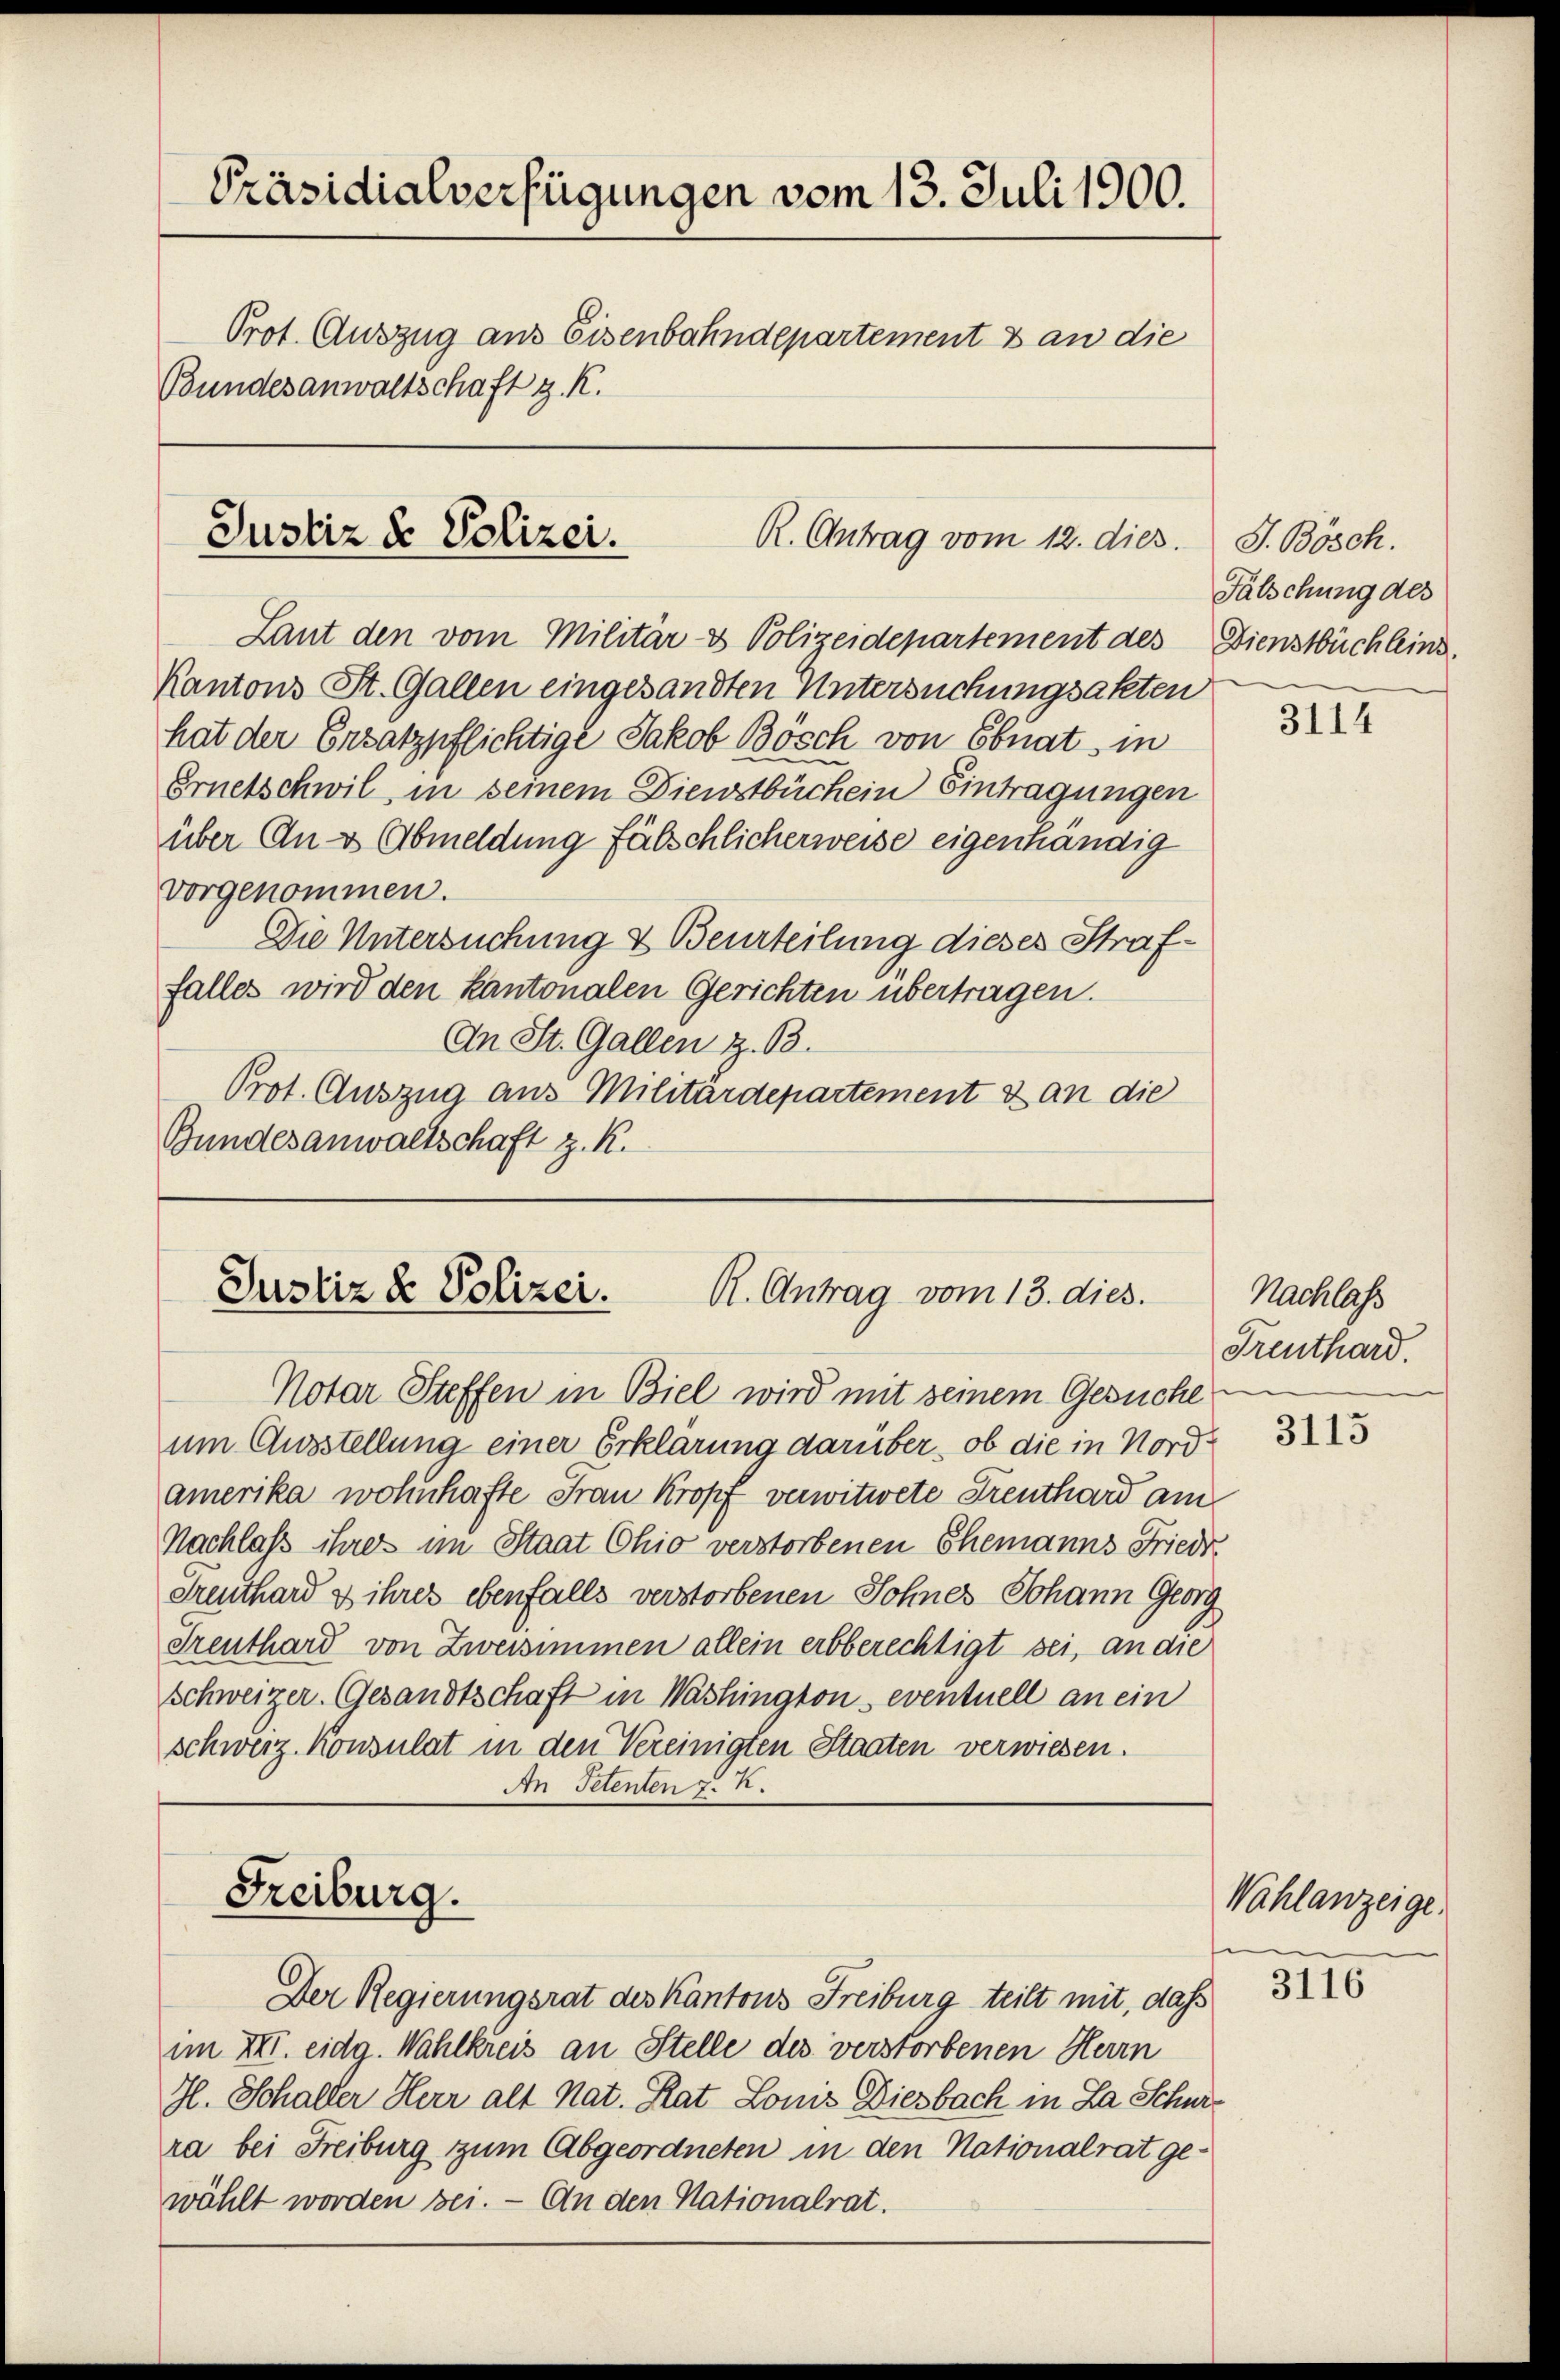
Präsidialverfügungen vom 13. Juli 1900.
Prot. Auszug aus Eisenbahndepartement es an die
Bundesanwaltschaft z. K.

Justiz & Polizei.
R. Antrag vom 12. dies

Laut den vom Militär- & Polizeidepartement des Dienstbüchleins.
Kantons St. Gallen eingesandten Untersuchungsakten
hat der Ersatzpflichtige Jakob Bösch von Ebnat, in
Ernetschwil, in seinem Dienstbüchein Eintragungen
über An - Abmeldung fälschlicherweise eigenhändig
vorgenommen.
Die Untersuchung & Beurteilung dieses Straffalles wird den kantonalen Gerichten übertragen.
An St. Gallen z. B.
Prot. Auszug aus Militärdepartement & an die
Bundesanwaltschaft z. K.

Justiz & Polizei.
R. Antrag vom 13. dies.

Notar Steffen in Biel wird mit seinem Gesuche
um Ausstellung einer Erklärung darüber, ob die in Nordamerika wohnhafte Frau Kropf verwitwete Treuthard am
Nachlaß ihres im Staat Chio verstorbenen Ehemanns Friedr.
Greuthard & ihres ebenfalls verstorbenen Sohnes Johann Georg
Greuthard von Zweisimmen allein erbberechtigt sei, an die
Schweizer. Gesandtschaft in Washington, eventuell an ein
schwerz konsulat in den Vereinigten Staaten verwiesen.
An Petenten J. K.
Freiburg.
Der Regierungsrat des Kantons Freiburg teilt mit, dass
im XII. eidg. Wahlkreis an Stelle des verstorbenen Herrn
Hl. Schalter Herr alt Nat. Rat Lonis Diesbach in La Schurra bei Freiburg zum Abgeordneten in den Nationalrat gewählt worden bei. — An den Nationalrat.

J. Bösch.
Fälschung des

Nachlass
Treuthard.

Wahlanzeige

3114

3115

3116